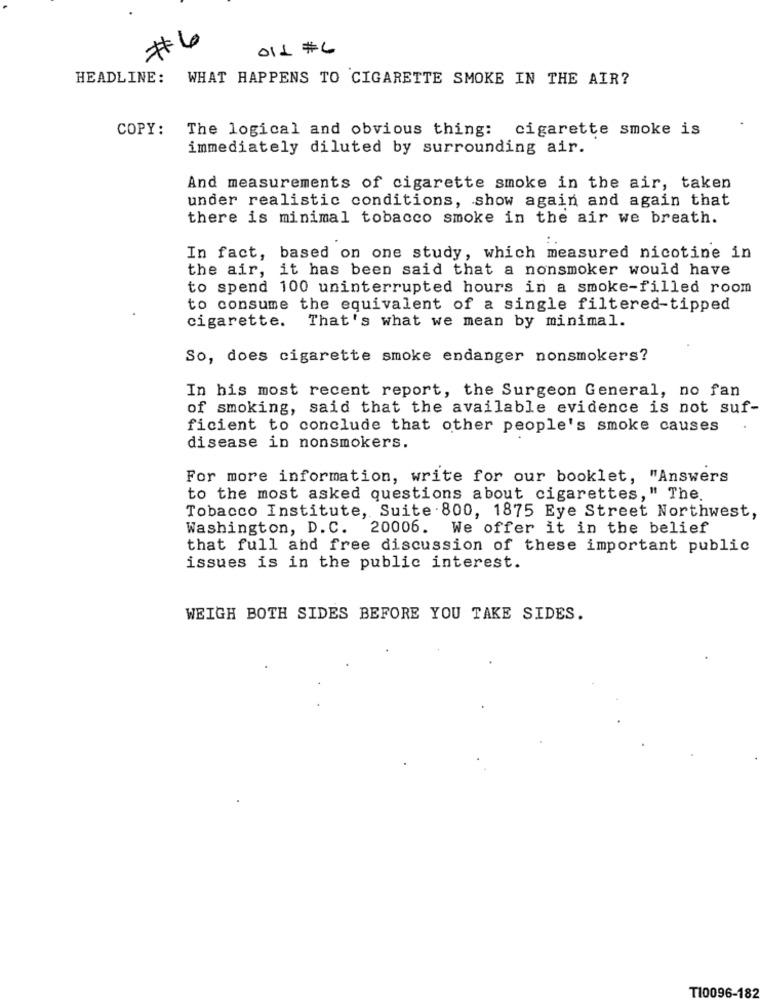
#6
OIL #C
HEADLINE: WHAT HAPPENS TO CIGARETTE SMOKE IN THE AIR?
COPY:
The logical and obvious thing: cigarette smoke is
immediately diluted by surrounding air.
And measurements of cigarette smoke in the air, taken
under realistic conditions, show again and again that
there is minimal tobacco smoke in the air we breath.
In fact, based on one study, which measured nicotine in
the air, it has been said that a nonsmoker would have
to spend 100 uninterrupted hours in a smoke-filled room
to consume the equivalent of a single filtered-tipped
That's what we mean by minimal.
cigarette.
So, does cigarette smoke endanger nonsmokers?
In his most recent report, the Surgeon General, no fan
of smoking, said that the available evidence is not suf-
ficient to conclude that other people's smoke causes
disease in nonsmokers.
For more information, write for our booklet, "Answers
to the most asked questions about cigarettes," The.
Tobacco Institute, Suite . 800, 1875 Eye Street Northwest,
Washington, D.C. 20006.
We offer it in the belief
that full and free discussion of these important public
issues is in the public interest.
WEIGH BOTH SIDES BEFORE YOU TAKE SIDES.
TI0096-182